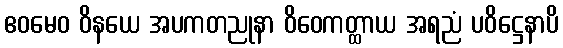
ဧဝမေဝ ဝိနယေ အပကတညုနာ ဝိဝေကတ္ထာယ အရညံ ပဝိဋ္ဌေနာပိ